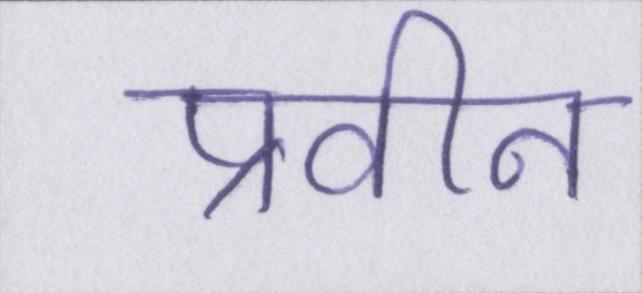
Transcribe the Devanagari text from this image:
प्रवीन